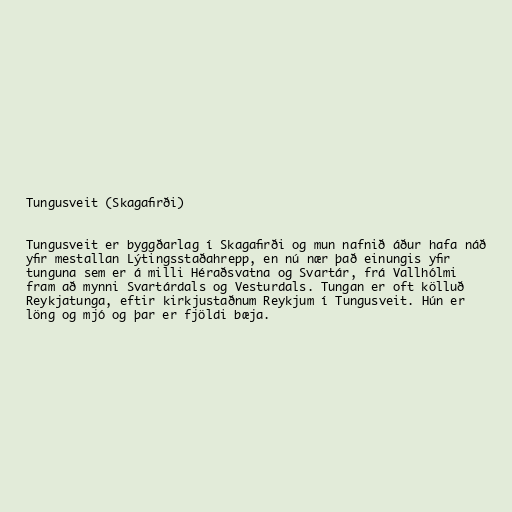
Tungusveit (Skagafirði)

Tungusveit er byggðarlag í Skagafirði og mun nafnið áður hafa náð
yfir mestallan Lýtingsstaðahrepp, en nú nær það einungis yfir
tunguna sem er á milli Héraðsvatna og Svartár, frá Vallhólmi
fram að mynni Svartárdals og Vesturdals. Tungan er oft kölluð
Reykjatunga, eftir kirkjustaðnum Reykjum í Tungusveit. Hún er
löng og mjó og þar er fjöldi bæja.